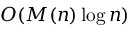
O ( M ( n ) \log n )